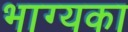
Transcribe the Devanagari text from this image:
भाग्यका